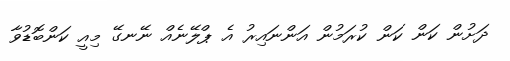
ދަށުން ކަން ކަން ކުރަމުން އަންނައިރު އެ ޕްލޭނެއް ނޭނގޭ މިއީ ކަންބޮޑުވާ